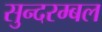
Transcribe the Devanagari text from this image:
सुन्दरम्बल